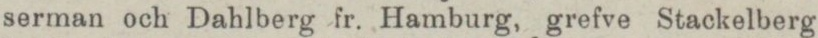
serman och Dahlberg fr. Hamburg, grefve Stackelberg